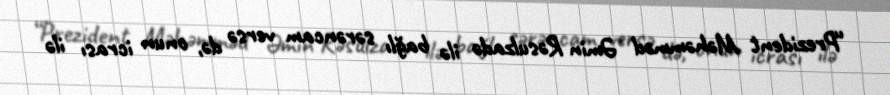
“Prezident Məhəmməd Əmin Rəsulzadə ilə bağlı sərəncam versə də, onun icrası ilə